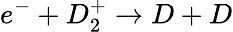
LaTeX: e^{-}+D_{2}^{+}\rightarrow D+D